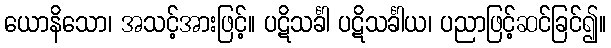
ယောနိသော၊ အသင့်အားဖြင့်။ ပဋိသင်္ခါ ပဋိသင်္ခါယ၊ ပညာဖြင့်ဆင်ခြင်၍။